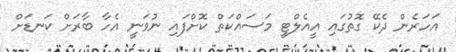
އަހަރެން ދެކޭ ގޮތުގައި އީއެލްޓީ މަސައްކަތް ކޮށްފައި ނުވަނީ އެހާ ބާރަށް ކަނޑަށް